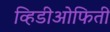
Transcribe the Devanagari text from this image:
व्हिडीओफिती